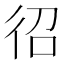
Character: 𭛤